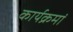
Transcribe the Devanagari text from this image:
कार्यक्रमां